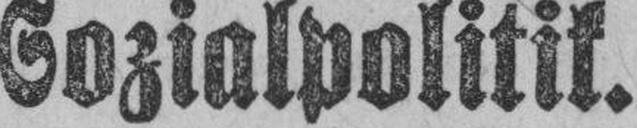
Sozialpolitik.